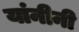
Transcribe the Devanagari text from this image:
यांनीनी